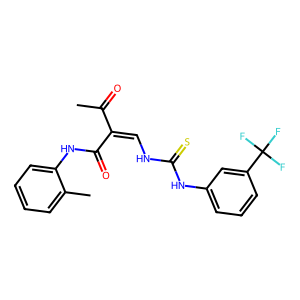
SMILES: CC(=O)C(=CNC(=S)Nc1cccc(C(F)(F)F)c1)C(=O)Nc1ccccc1C
Inhibits HIV replication: No